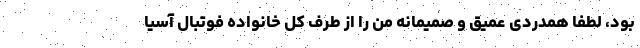
بود، لطفاً همدردی عمیق و صمیمانه من را از طرف کل خانواده فوتبال آسیا